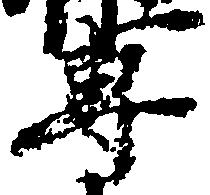
専